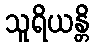
သူရိယန္တိ